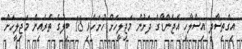
އިގްތިސާދީ އިސްލާހީ އެޖެންޑާގެ ދަށުން މަޖިލީހަށް ހުށަހެޅި 18 ބިލުގެ ތެރެއިން މަޖިލީހަށް